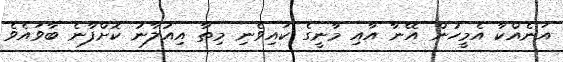
އަނެއްކާ އެމީހުން އޭނާ އާއި މާނީގެ ކައިވެނި މިތާ އިއުލާނު ކޮށްފާނެ ބާވައެވެ